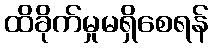
ထိခိုက်မှုမရှိစေရန်